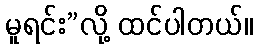
မူရင်း”လို့ ထင်ပါတယ်။